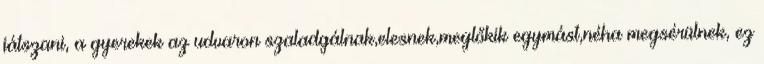
játszani, a gyerekek az udvaron szaladgálnak,elesnek,meglőkik egymást,néha megsérülnek, ez